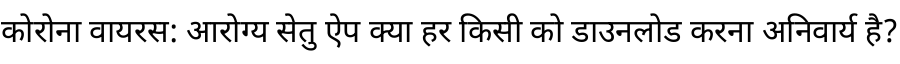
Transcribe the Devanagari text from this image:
कोरोना वायरस: आरोग्य सेतु ऐप क्या हर किसी को डाउनलोड करना अनिवार्य है?